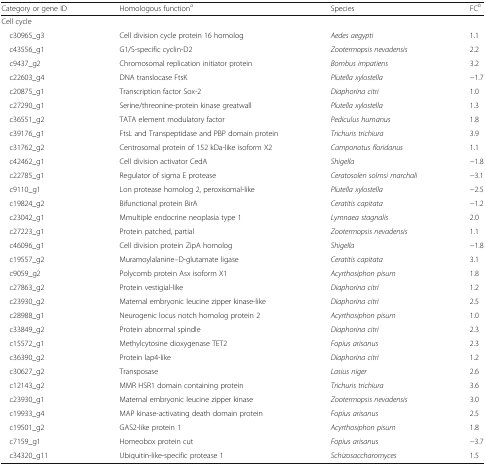
<table><thead><tr><td><b>Category or gene ID</b></td><td><b>Homologous function<sup><i>a</i></sup></b></td><td><b>Species</b></td><td><b>FC<sup><i>b</i></sup></b></td></tr></thead><tbody><tr><td colspan="4">Cell cycle</td></tr><tr><td> c30965_g3</td><td>Cell division cycle protein 16 homolog</td><td><i>Aedes aegypti</i></td><td>1.1</td></tr><tr><td> c43556_g1</td><td>G1/S-specific cyclin-D2</td><td><i>Zootermopsis nevadensis</i></td><td>2.2</td></tr><tr><td> c9437_g2</td><td>Chromosomal replication initiator protein</td><td><i>Bombus impatiens</i></td><td>3.2</td></tr><tr><td> c22603_g4</td><td>DNA translocase FtsK</td><td><i>Plutella xylostella</i></td><td>−1.7</td></tr><tr><td> c20875_g1</td><td>Transcription factor Sox-2</td><td><i>Diaphorina citri</i></td><td>1.0</td></tr><tr><td> c27290_g1</td><td>Serine/threonine-protein kinase greatwall</td><td><i>Plutella xylostella</i></td><td>1.3</td></tr><tr><td> c36551_g2</td><td>TATA element modulatory factor</td><td><i>Pediculus humanus</i></td><td>1.8</td></tr><tr><td> c39176_g1</td><td>FtsL and Transpeptidase and PBP domain protein</td><td><i>Trichuris trichiura</i></td><td>3.9</td></tr><tr><td> c31762_g2</td><td>Centrosomal protein of 152 kDa-like isoform X2</td><td><i>Camponotus floridanus</i></td><td>1.1</td></tr><tr><td> c42462_g1</td><td>Cell division activator CedA</td><td><i>Shigella</i></td><td>−1.8</td></tr><tr><td> c22785_g1</td><td>Regulator of sigma E protease</td><td><i>Ceratosolen solmsi marchali</i></td><td>−3.1</td></tr><tr><td> c9110_g1</td><td>Lon protease homolog 2, peroxisomal-like</td><td><i>Plutella xylostella</i></td><td>−2.5</td></tr><tr><td> c19824_g2</td><td>Bifunctional protein BirA</td><td><i>Ceratitis capitata</i></td><td>−1.2</td></tr><tr><td> c23042_g1</td><td>Mmultiple endocrine neoplasia type 1</td><td><i>Lymnaea stagnalis</i></td><td>2.0</td></tr><tr><td> c27223_g1</td><td>Protein patched, partial</td><td><i>Zootermopsis nevadensis</i></td><td>1.1</td></tr><tr><td> c46096_g1</td><td>Cell division protein ZipA homolog</td><td><i>Shigella</i></td><td>−1.8</td></tr><tr><td> c19557_g2</td><td>Muramoylalanine--D-glutamate ligase</td><td><i>Ceratitis capitata</i></td><td>3.1</td></tr><tr><td> c9059_g2</td><td>Polycomb protein Asx isoform X1</td><td><i>Acyrthosiphon pisum</i></td><td>1.8</td></tr><tr><td> c27863_g2</td><td>Protein vestigial-like</td><td><i>Diaphorina citri</i></td><td>1.2</td></tr><tr><td> c23930_g2</td><td>Maternal embryonic leucine zipper kinase-like</td><td><i>Diaphorina citri</i></td><td>2.5</td></tr><tr><td> c28988_g1</td><td>Neurogenic locus notch homolog protein 2</td><td><i>Acyrthosiphon pisum</i></td><td>1.0</td></tr><tr><td> c33849_g2</td><td>Protein abnormal spindle</td><td><i>Diaphorina citri</i></td><td>2.3</td></tr><tr><td> c15572_g1</td><td>Methylcytosine dioxygenase TET2</td><td><i>Fopius arisanus</i></td><td>2.3</td></tr><tr><td> c36390_g2</td><td>Protein lap4-like</td><td><i>Diaphorina citri</i></td><td>1.2</td></tr><tr><td> c30627_g2</td><td>Transposase</td><td><i>Lasius niger</i></td><td>2.6</td></tr><tr><td> c12143_g2</td><td>MMR HSR1 domain containing protein</td><td><i>Trichuris trichiura</i></td><td>3.6</td></tr><tr><td> c23930_g1</td><td>Maternal embryonic leucine zipper kinase</td><td><i>Zootermopsis nevadensis</i></td><td>3.0</td></tr><tr><td> c19933_g4</td><td>MAP kinase-activating death domain protein</td><td><i>Fopius arisanus</i></td><td>2.5</td></tr><tr><td> c19501_g2</td><td>GAS2-like protein 1</td><td><i>Acyrthosiphon pisum</i></td><td>1.8</td></tr><tr><td> c7159_g1</td><td>Homeobox protein cut</td><td><i>Fopius arisanus</i></td><td>−3.7</td></tr><tr><td> c34320_g11</td><td>Ubiquitin-like-specific protease 1</td><td><i>Schizosaccharomyces</i></td><td>1.5</td></tr></tbody></table>